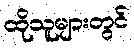
ထိုသူများတွင်